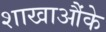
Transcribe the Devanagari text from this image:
शाखाऔंके